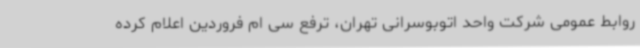
روابط عمومی شرکت واحد اتوبوسرانی تهران، ترفع سی ام فروردین اعلام کرده